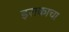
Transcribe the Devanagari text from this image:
इराकाचा